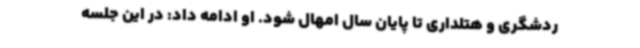
ردشگری و هتلداری تا پایان سال امهال شود. او ادامه داد: در این جلسه